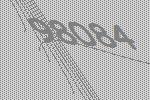
98084